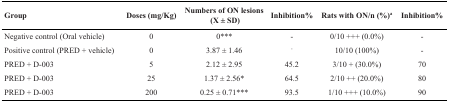
<table><thead><tr><td><b>Group</b></td><td><b>Doses (mg/Kg)</b></td><td><b>Numbers of ON lesions (X ± SD)</b></td><td><b>Inhibition%</b></td><td><b>Rats with ON/n (%)a</b></td><td><b>Inhibition%</b></td></tr></thead><tbody><tr><td>Negative control (Oral vehicle)</td><td>0</td><td>0***</td><td>-</td><td>0/10 +++ (0.0%)</td><td>-</td></tr><tr><td>Positive control (PRED + vehicle)</td><td>0</td><td>3.87 ± 1.46</td><td>-</td><td>10/10 (100%)</td><td>-</td></tr><tr><td>PRED + D-003</td><td>5</td><td>2.12 ± 2.95</td><td>45.2</td><td>3/10 + (30.0%)</td><td>70</td></tr><tr><td>PRED + D-003</td><td>25</td><td>1.37 ± 2.56*</td><td>64.5</td><td>2/10 ++ (20.0%)</td><td>80</td></tr><tr><td>PRED + D-003</td><td>200</td><td>0.25 ± 0.71***</td><td>93.5</td><td>1/10 +++ (10.0%)</td><td>90</td></tr></tbody></table>